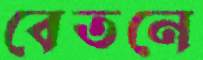
বেতনে